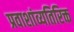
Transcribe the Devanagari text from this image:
प्रवाशांव्यतिरिक्त